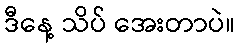
ဒီနေ့ သိပ် အေးတာပဲ။